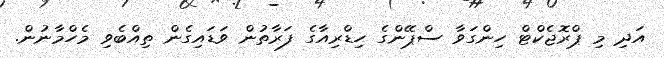
އަދި މި ޕްރޮޖެކްޓް ހިންގަވާ ސްޕޭންގެ ހިޑްރިއާގެ ފަރާތުން ވަޑައިގެން ތިއްބެވި މެހްމާނުން.